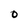
Character: O